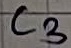
Text: C3